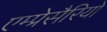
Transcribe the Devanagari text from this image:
एम्प्रेसैरियो